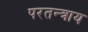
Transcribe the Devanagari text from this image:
परतन्त्राय